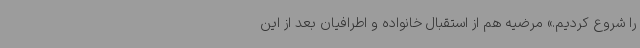
را شروع کردیم.» مرضیه هم از استقبال خانواده و اطرافیان بعد از این